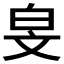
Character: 𬐅